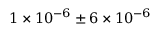
1 \times 1 0 ^ { - 6 } \pm 6 \times 1 0 ^ { - 6 }